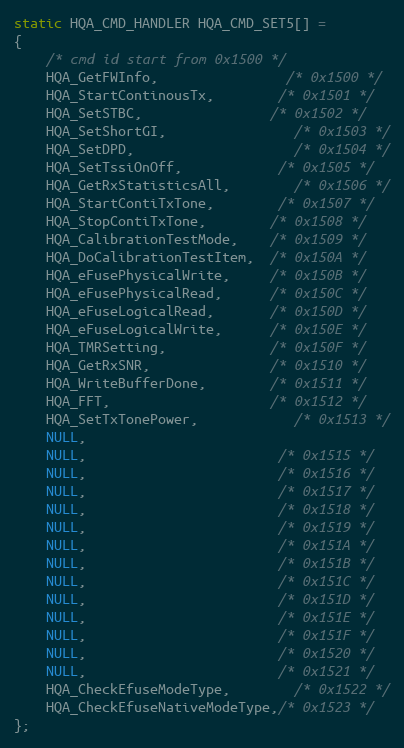
Language: C
static HQA_CMD_HANDLER HQA_CMD_SET5[] =
{
	/* cmd id start from 0x1500 */
	HQA_GetFWInfo,				/* 0x1500 */
	HQA_StartContinousTx,		/* 0x1501 */
	HQA_SetSTBC,				/* 0x1502 */
	HQA_SetShortGI,				/* 0x1503 */
	HQA_SetDPD,					/* 0x1504 */
	HQA_SetTssiOnOff,			/* 0x1505 */
	HQA_GetRxStatisticsAll,		/* 0x1506 */
	HQA_StartContiTxTone,		/* 0x1507 */
	HQA_StopContiTxTone,        /* 0x1508 */
	HQA_CalibrationTestMode,    /* 0x1509 */
	HQA_DoCalibrationTestItem,  /* 0x150A */
	HQA_eFusePhysicalWrite,     /* 0x150B */
	HQA_eFusePhysicalRead,      /* 0x150C */
	HQA_eFuseLogicalRead,       /* 0x150D */
	HQA_eFuseLogicalWrite,      /* 0x150E */
	HQA_TMRSetting,             /* 0x150F */
	HQA_GetRxSNR,               /* 0x1510 */
	HQA_WriteBufferDone,		/* 0x1511 */
	HQA_FFT,					/* 0x1512 */
	HQA_SetTxTonePower,			/* 0x1513 */
	NULL,
	NULL,						/* 0x1515 */
	NULL,						/* 0x1516 */
	NULL,						/* 0x1517 */
	NULL,						/* 0x1518 */
	NULL,						/* 0x1519 */
	NULL,						/* 0x151A */
	NULL,						/* 0x151B */
	NULL,						/* 0x151C */
	NULL,						/* 0x151D */
	NULL,						/* 0x151E */
	NULL,						/* 0x151F */
	NULL,						/* 0x1520 */
	NULL,						/* 0x1521 */
	HQA_CheckEfuseModeType,		/* 0x1522 */
	HQA_CheckEfuseNativeModeType,/* 0x1523 */
};